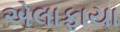
એલાફાયા